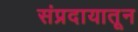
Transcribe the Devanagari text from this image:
संप्रदायातून